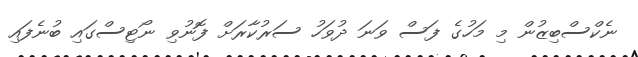
ނެކްސްބިޒުން މި މަހުގެ ފަސް ވަނަ ދުވަހު ސަރުކާރަށް ފޮނުވި ނޯޓިސްގައި ބުނެފައި